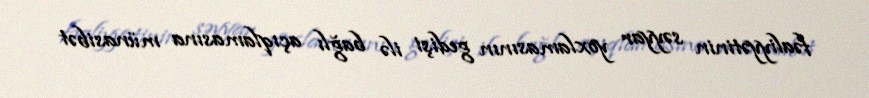
fəaliyyətinin səyyar yoxlamasının gedişi ilə bağlı açıqlamasına münasibət